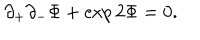
LaTeX: \partial _ { + } \partial _ { - } \Phi + \exp { 2 \Phi } = 0 .